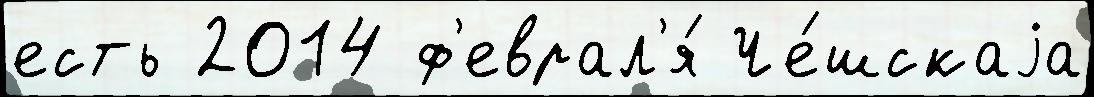
есть 2014 ф'еврал'я́ Че́шскаjа